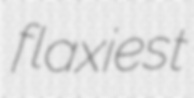
flaxiest